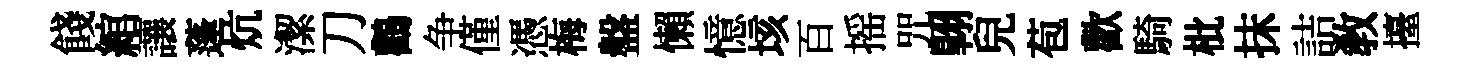
餞綰讓蓬炕潔刀鸛争僅憑梅盤懶憶垓百摇咒翺兒苞歡騎枇抹詰教擡